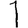
Digit: 1